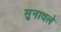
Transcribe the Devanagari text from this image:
सुनावले